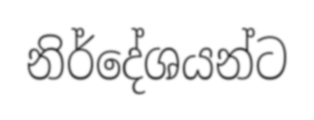
නිර්දේශයන්ට